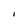
Character: I